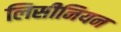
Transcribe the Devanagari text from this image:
लिसीनियन